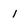
Character: 1